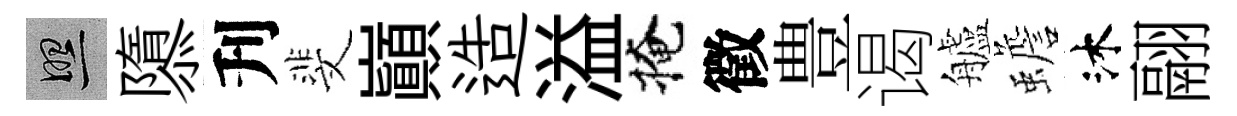
照隳刋斐巔造溢掩徵豊谒艫蟾沐翮